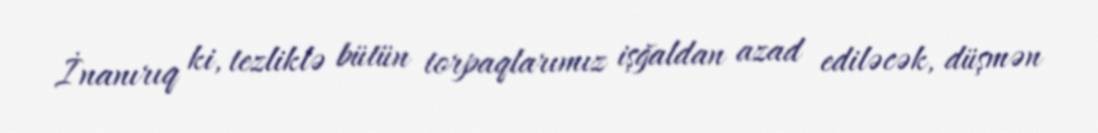
İnanırıq ki, tezliklə bütün torpaqlarımız işğaldan azad ediləcək, düşmən